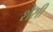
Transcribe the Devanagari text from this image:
शैसी